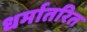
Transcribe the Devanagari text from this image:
धर्मातरित